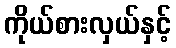
ကိုယ်စားလှယ်နှင့်